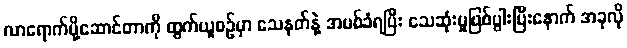
လာရောက်ပို့ဆောင်တာကို ထွက်ယူစဉ်မှာ သေနတ်နဲ့ အပစ်ခံရပြီး သေဆုံးမှုဖြစ်ပွါးပြီးနောက် အခုလို